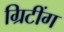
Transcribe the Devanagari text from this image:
ग्रिटींग